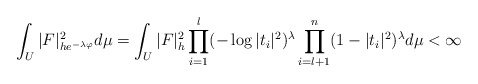
\begin{align*}\int_U|F|_{he^{-\lambda \varphi}}^2 d\mu=\int_U|F|_h^2\prod_{i=1}^l(-\log |t_i|^2)^{\lambda}\prod_{i=l+1}^n(1-|t_i|^2)^{\lambda} d\mu< \infty\end{align*}